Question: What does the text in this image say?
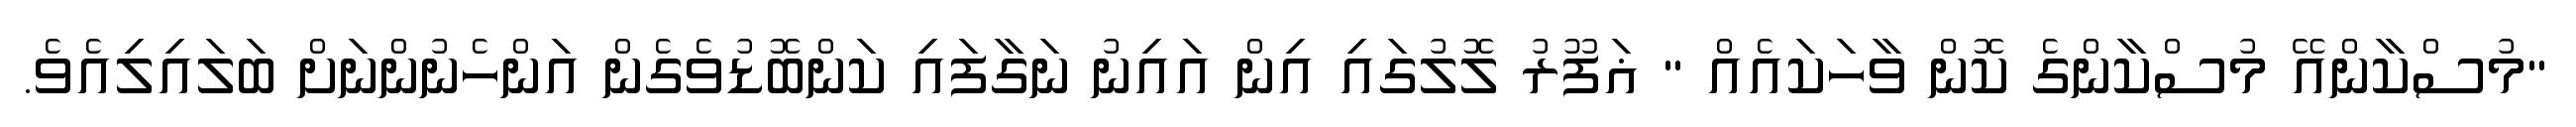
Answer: "މުސްކާންއޭ މުސްކާންގެ ކޮން ވާހަކައެއް " ޣަފޫރު ލޮލުގައި އިން އައިނު ނަގާފައި ކަންބޮޑުވެގެން އަންހެނުންނަށް ބަލައިލިއެވެ.